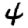
Digit: 4